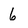
Character: 6